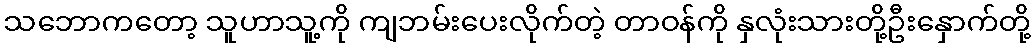
သဘောကတော့ သူဟာသူ့ကို ကျဘမ်းပေးလိုက်တဲ့ တာဝန်ကို နှလုံးသားတို့ဦးနှောက်တို့